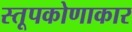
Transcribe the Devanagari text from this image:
स्तूपकोणाकार